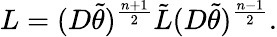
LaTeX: L=(D\tilde{\theta})^{\frac{n+1}{2}}\tilde{L}(D\tilde{\theta})^{\frac{n-1}{2}}.